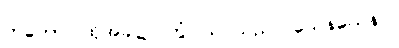
တတော၊ ထိုအခါ၌။ တွံ၊ သင်သည်။ ယေနယေနဝ၊